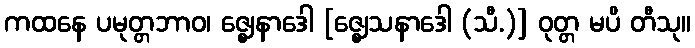
ကထနေ ပမုတ္တဘာဝ၊ ဇ္ဈေနာဒေါ [ဇ္ဈေသနာဒေါ (သီ.)] ဝုတ္တ မပိ တီသု။